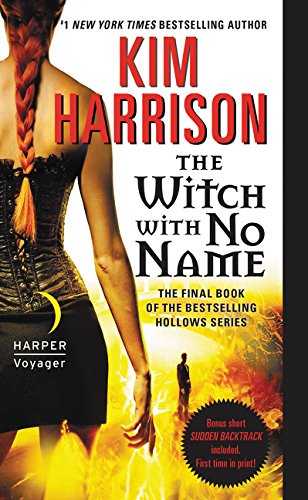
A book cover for The Witch with No Name (Hollows); Kim Harrison; Science Fiction & Fantasy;